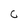
Character: C